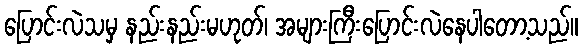
ပြောင်းလဲသမှ နည်းနည်းမဟုတ်၊ အများကြီးပြောင်းလဲနေပါတော့သည်။